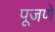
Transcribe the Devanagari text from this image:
पूजणे